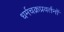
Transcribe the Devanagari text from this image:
धर्मचक्रप्रवर्तनों